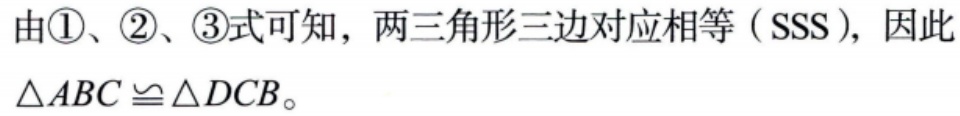
由\textcircled{1}、\textcircled{2}、\textcircled{3}式可知，两三角形三边对应相等（\(SSS\)），因此\(\triangle ABC \cong \triangle DCB\)。